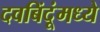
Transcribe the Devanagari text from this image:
दवबिंदूंमध्ये